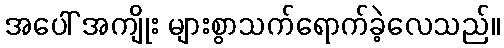
အပေါ် အကျိုး များစွာသက်ရောက်ခဲ့လေသည်။